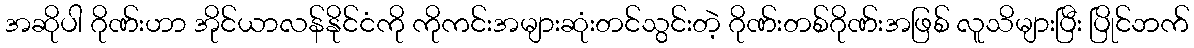
အဆိုပါ ဂိုဏ်းဟာ အိုင်ယာလန်နိုင်ငံကို ကိုကင်းအများဆုံးတင်သွင်းတဲ့ ဂိုဏ်းတစ်ဂိုဏ်းအဖြစ် လူသိများပြီး ပြိုင်ဘက်